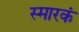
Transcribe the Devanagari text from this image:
स्मारकं